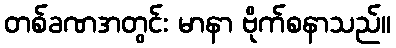
တစ်ခဏအတွင်း မာနာ ဗိုက်စနာသည်။